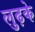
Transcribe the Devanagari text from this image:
लुढ़के